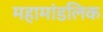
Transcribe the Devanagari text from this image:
महामांडलिक